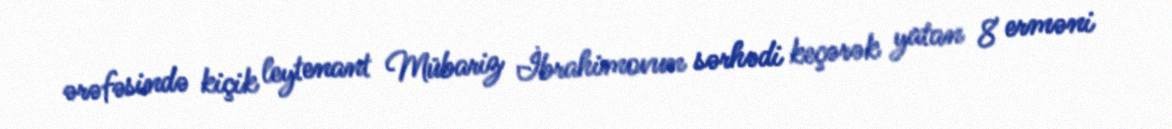
ərəfəsində kiçik leytenant Mübariz İbrahimovun sərhədi keçərək yatan 8 erməni